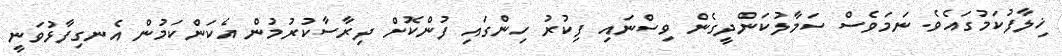
ޚިލާފުކަމުގައެވެ. ނަމަވެސް ސަމާލުކަންދީގެން ވިސްނައި ފިކުރު ހިންގައި ފުންކޮށް ދިރާސާކުރުމުން އެކަންކަމުން އެނގިފާޅުވަނީ